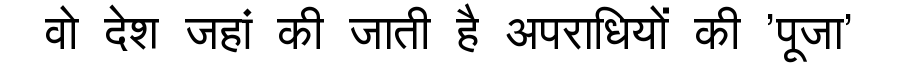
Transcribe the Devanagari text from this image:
वो देश जहां की जाती है अपराधियों की 'पूजा'